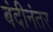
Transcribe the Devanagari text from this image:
बंदीनंतर